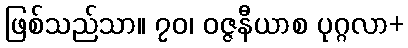
ဖြစ်သည်သာ။ ၇၀၊ ဝဇ္ဇနီယာစ ပုဂ္ဂလာ+